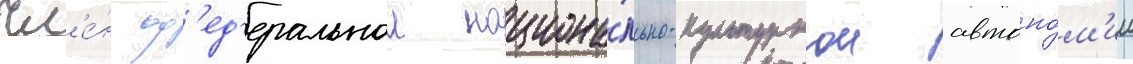
чл'е́н ф'ед'еральнои национа́льно-культурнои автоно́м'ии